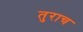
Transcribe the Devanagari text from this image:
तुराच